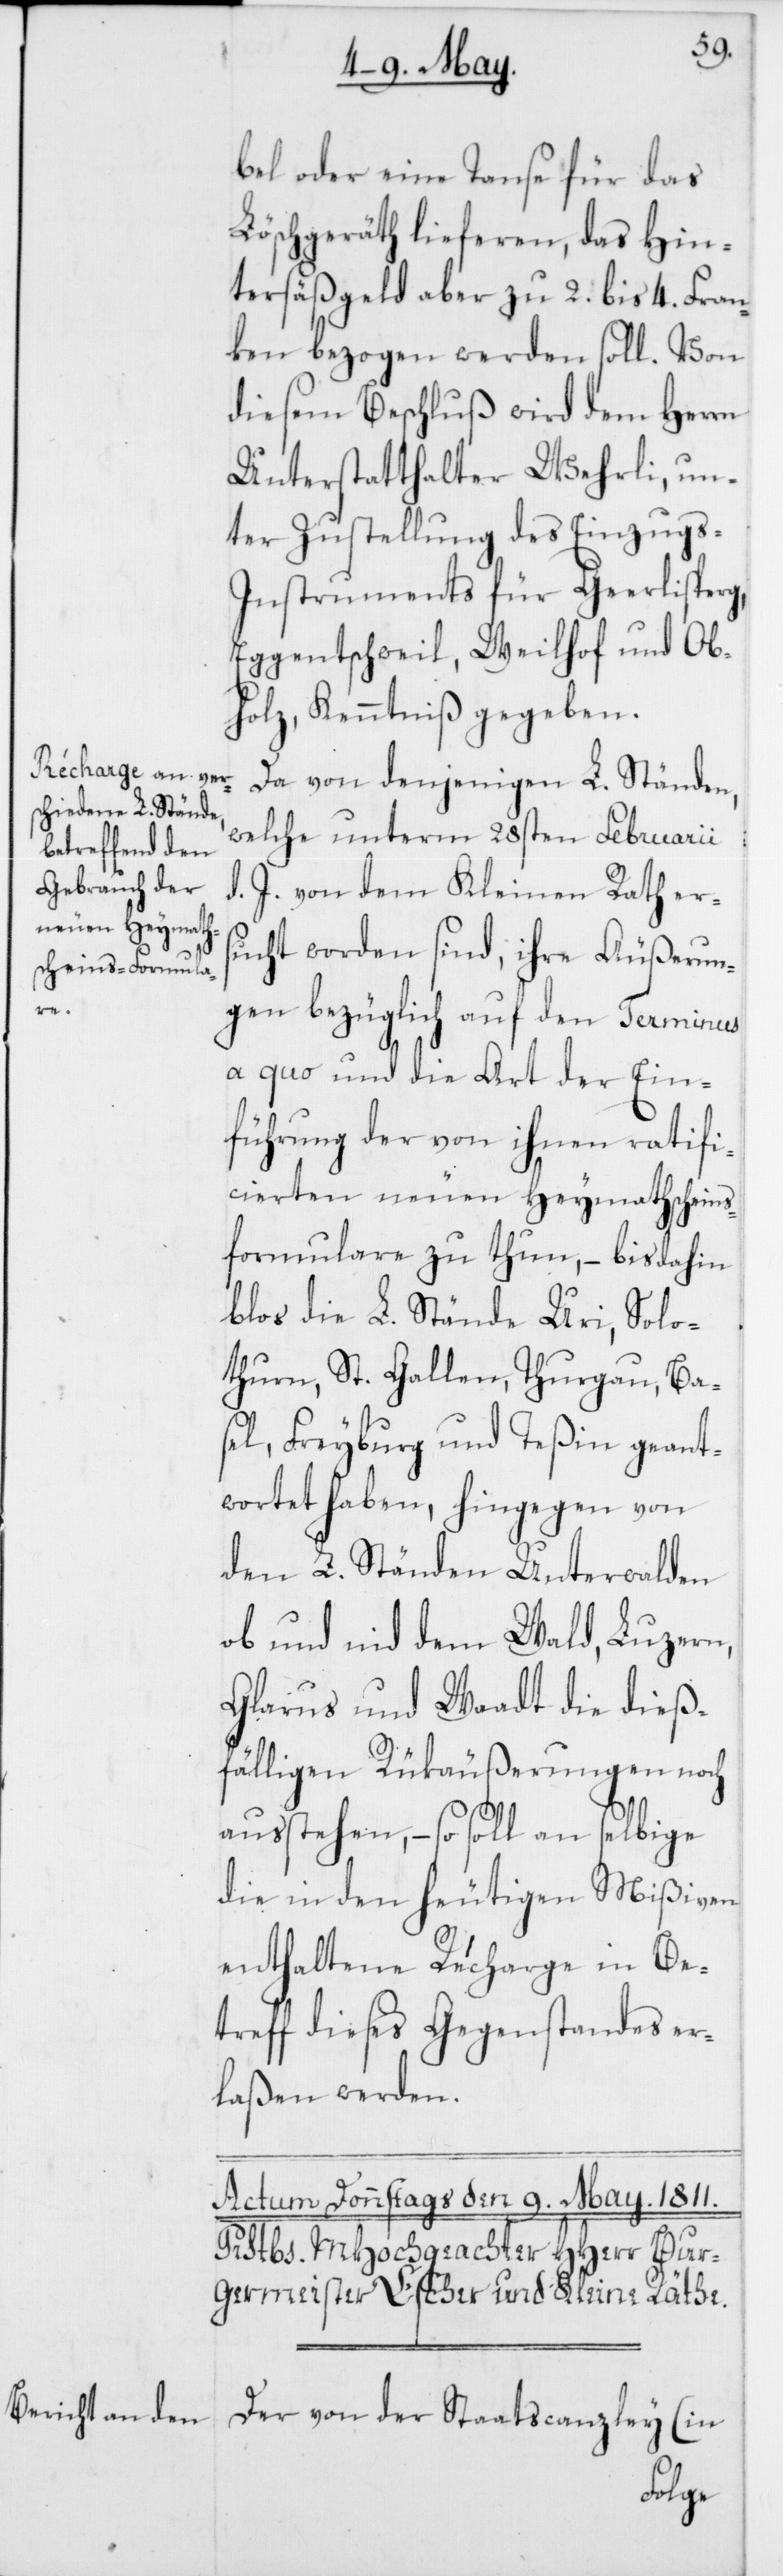
s-F¬

bel oder eine Tanse für das
Löschgeräth lieferen, das Hin¬
tersäßgeld aber zu 2. bis 4. Fran¬
ken bezogen werden soll. Von
diesem Beschluß wird dem Herrn
Unterstatthalter Wehrli, un¬
ter Zustellung des Einzugs-I¬
nstruments für Geerlisperg,
Eggentschweil, Weilhof und Ob¬
holz, Kenntniß gegeben.
Da von denjenigen L. Ständen,
welche unterm 28sten Februarii
d. J. von dem Kleinen Rath ers¬
ucht worden sind, ihre Äußerun¬
gen bezüglich auf den Terminus
a quo und die Art der Ein¬
führung der von ihnen ratifi¬
cierten neuen Heymathschein¬
ormulare zu thun, – bis dahin
blos die L. Stände Uri, Solo¬
thurn, St. Gallen, Thurgau, Ba¬
sel, Freyburg und Teßin geant¬
wortet haben, hingegen von
den L. Ständen Unterwalden
ob und nid dem Wald, Luzern,
Glarus und Waadt die dieß¬
fälligen Rükäußerungen noch
ausstehen, – so soll an selbige
die in den heutigen Mißiven
enthaltene Récharge in Be¬
treff dieses Gegenstandes er¬
laßen werden.
Der von der Staatscanzley (in